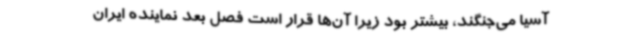
آسیا می‌جنگند، بیشتر بود زیرا آن‌ها قرار است فصل بعد نماینده ایران